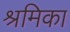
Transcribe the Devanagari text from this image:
श्रमिका